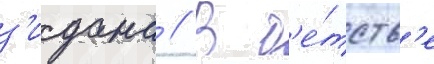
з'идана // В д'е́тств'е